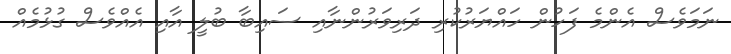
ނަމަވެސް އެންމެ ފަހުން ހައްޔަރުކުރި ދަރިވަރުންނާއި ސައިބާ ބުލީ އާއި އެއްވެސް ގުޅުމެއް